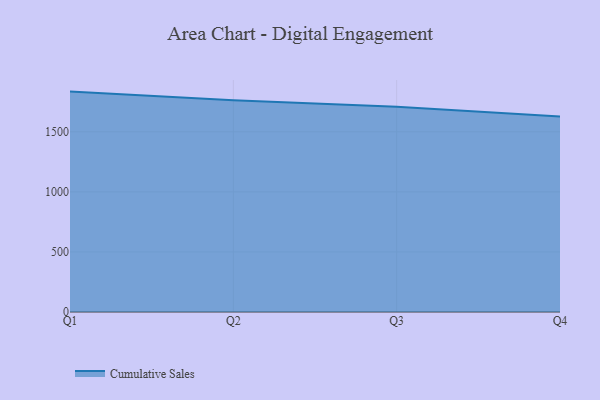
{"axis": {"x": "Quarter", "y": "Shipments"}, "legend": ["Cumulative Sales"], "data": [{"x": "Q1", "y": 1834.6, "type": "Cumulative Sales"}, {"x": "Q2", "y": 1763.0, "type": "Cumulative Sales"}, {"x": "Q3", "y": 1708.2, "type": "Cumulative Sales"}, {"x": "Q4", "y": 1627.0, "type": "Cumulative Sales"}]}